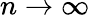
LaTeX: n\rightarrow\infty